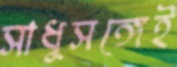
সাধুসঙ্গেই